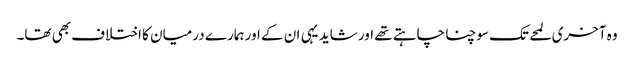
وہ آخری لمحے تک سوچنا چاہتے تھے اور شاید یہی ان کے اور ہمارے درمیان کا اختلاف بھی تھا۔